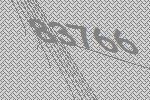
83766